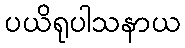
ပယိရုပါသနာယ